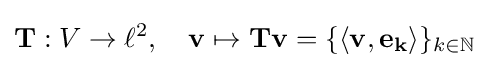
\mathbf {T} :V\to \ell ^{2},\quad \mathbf {v} \mapsto \mathbf {T} \mathbf {v} =\{\langle \mathbf {v} ,\mathbf {e_{k}} \rangle \}_{k\in \mathbb {N} }